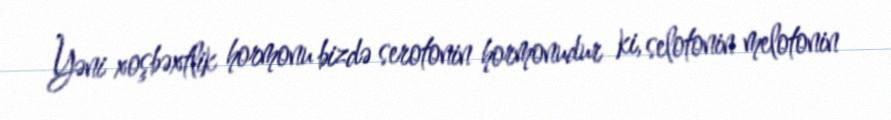
Yəni xoşbəxtlik hormonu bizdə serotonin hormonudur ki, selotonin melotonin